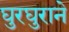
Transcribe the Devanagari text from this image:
घुरघुराने